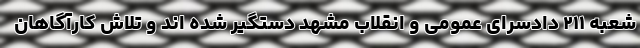
شعبه ۲۱۱ دادسرای عمومی و انقلاب مشهد دستگیر شده اند و تلاش کارآگاهان